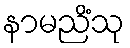
နာမညိံသု